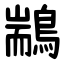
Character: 䳪